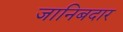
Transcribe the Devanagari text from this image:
जानिबदार